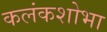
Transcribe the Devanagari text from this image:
कलंकशोभा